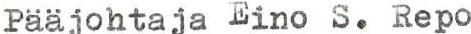
Pääjohtaja Eino S. Repo